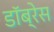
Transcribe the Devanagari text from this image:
डॉब्रेस